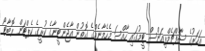
އަހަރުގެ ސާފްޗެމްޕިއަންސް ޓީމުގައި ހާއްސަ މެހެމާނެއްގެ ގޮތުން އާޖެންޓީނާގެ ކުރީގެ ކެޕްޓަން ރޮބާޓޯ